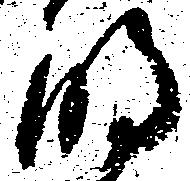
明